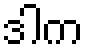
ဒါက